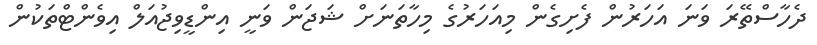
ދެހާސްތޭރަ ވަނަ އަހަރުން ފެށިގެން މިއަހަރުގެ މިހާތަނަށް ޝަޖަން ވަނީ އިންޑީވިޖުއަލް އިވެންޓްތަކުން